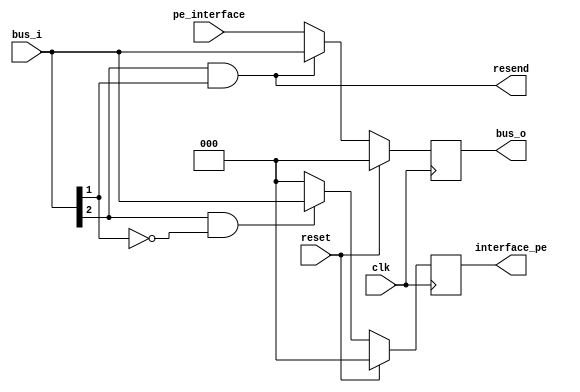
module interface #(
    parameter num_leaves= 2,
    parameter payload_sz= 1,
    parameter addr= 1'b0,
    parameter p_sz= 1 + $clog2(num_leaves) + payload_sz //packet size
    ) (
    input clk, 
    input reset, 
    input [p_sz-1:0] bus_i,
    output reg [p_sz-1:0] bus_o, 
    input [p_sz-1:0] pe_interface,
    output reg [p_sz-1:0] interface_pe,
    output resend
    );



    wire accept_packet;
    wire send_packet;
    assign accept_packet= bus_i[p_sz-1] && (bus_i[p_sz-2:payload_sz] == addr);
    assign send_packet= !(bus_i[p_sz-1] && addr != bus_i[p_sz-2:payload_sz]);
    assign resend = !send_packet;
    
    always @(posedge clk) begin
    //    cache_o <= pe_interface;
        if (reset)
            {interface_pe, bus_o} <= 0;
        else begin
            if (accept_packet) interface_pe <= bus_i;
            else interface_pe <= 0;
            
            if (send_packet) begin            
                bus_o <=  pe_interface;   
            end else begin
                bus_o <= bus_i;
            end
       end
   end
    
endmodule